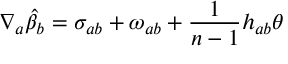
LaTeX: \nabla _ { a } \hat { \beta } _ { b } = \sigma _ { a b } + \omega _ { a b } + \frac { 1 } { n - 1 } h _ { a b } \theta